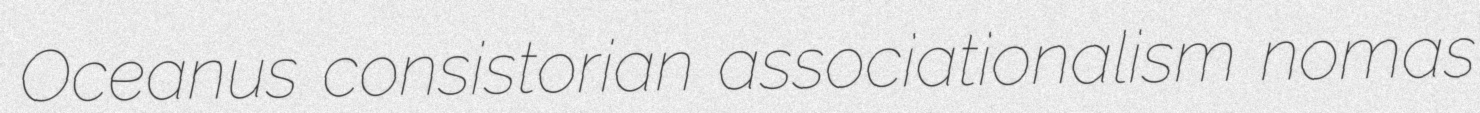
Oceanus consistorian associationalism nomas